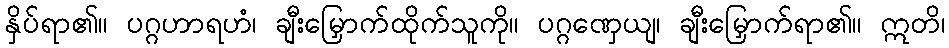
နှိပ်ရာ၏။ ပဂ္ဂဟာရဟံ၊ ချီးမြှောက်ထိုက်သူကို။ ပဂ္ဂဏှေယျ၊ ချီးမြှောက်ရာ၏။ ဣတိ၊